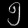
Digit: ၅